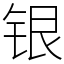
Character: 银